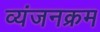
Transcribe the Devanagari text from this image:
व्यंजनक्रम